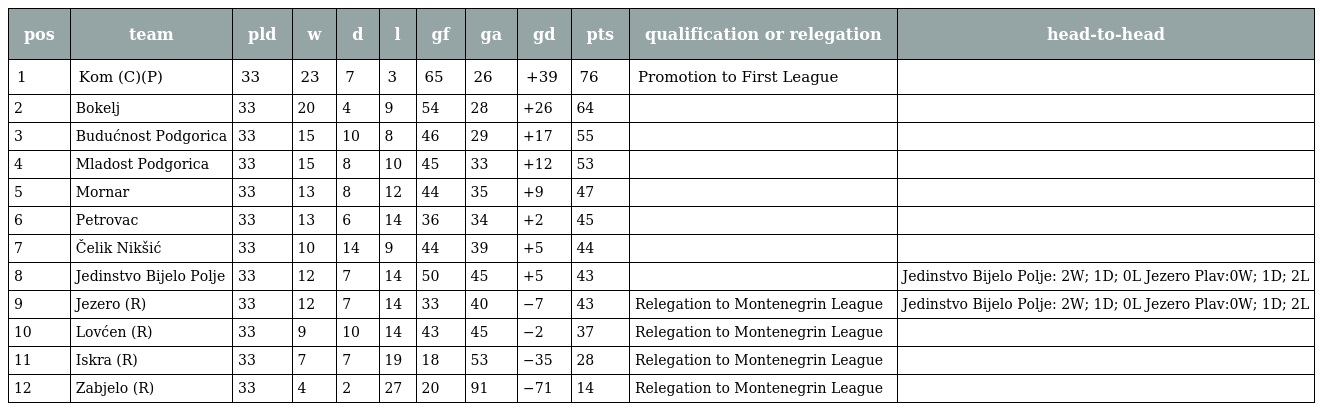
| pos | team | pld | w | d | l | gf | ga | gd | pts | qualification or relegation | head-to-head |
 | --- | --- | --- | --- | --- | --- | --- | --- | --- | --- | --- | --- |
 | 1 | Kom (C)(P) | 33 | 23 | 7 | 3 | 65 | 26 | +39 | 76 | Promotion to First League |  |
 | 2 | Bokelj | 33 | 20 | 4 | 9 | 54 | 28 | +26 | 64 |  |  |
 | 3 | Budućnost Podgorica | 33 | 15 | 10 | 8 | 46 | 29 | +17 | 55 |  |  |
 | 4 | Mladost Podgorica | 33 | 15 | 8 | 10 | 45 | 33 | +12 | 53 |  |  |
 | 5 | Mornar | 33 | 13 | 8 | 12 | 44 | 35 | +9 | 47 |  |  |
 | 6 | Petrovac | 33 | 13 | 6 | 14 | 36 | 34 | +2 | 45 |  |  |
 | 7 | Čelik Nikšić | 33 | 10 | 14 | 9 | 44 | 39 | +5 | 44 |  |  |
 | 8 | Jedinstvo Bijelo Polje | 33 | 12 | 7 | 14 | 50 | 45 | +5 | 43 |  | Jedinstvo Bijelo Polje: 2W; 1D; 0L Jezero Plav:0W; 1D; 2L |
 | 9 | Jezero (R) | 33 | 12 | 7 | 14 | 33 | 40 | −7 | 43 | Relegation to Montenegrin League | Jedinstvo Bijelo Polje: 2W; 1D; 0L Jezero Plav:0W; 1D; 2L |
 | 10 | Lovćen (R) | 33 | 9 | 10 | 14 | 43 | 45 | −2 | 37 | Relegation to Montenegrin League |  |
 | 11 | Iskra (R) | 33 | 7 | 7 | 19 | 18 | 53 | −35 | 28 | Relegation to Montenegrin League |  |
 | 12 | Zabjelo (R) | 33 | 4 | 2 | 27 | 20 | 91 | −71 | 14 | Relegation to Montenegrin League |  |